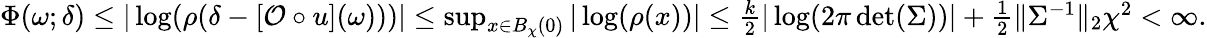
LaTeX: \begin{array}{r}{\Phi(\omega;\delta)\le|\log(\rho(\delta-[\mathcal{O}\circ u](\omega)))|\le\operatorname*{sup}_{x\in B_{\chi}(0)}|\log(\rho(x))|\le\frac{k}{2}|\log(2\pi\operatorname*{det}(\Sigma))|+\frac{1}{2}\| \Sigma^{-1}\| _{2}\chi^{2}<\infty.}\end{array}